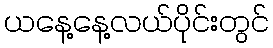
ယနေ့နေ့လယ်ပိုင်းတွင်